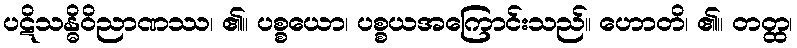
ပဋိသန္ဓိဝိညာဏဿ၊ ၏။ ပစ္စယော၊ ပစ္စယအကြောင်းသည်။ ဟောတိ၊ ၏။ တတ္ထ၊